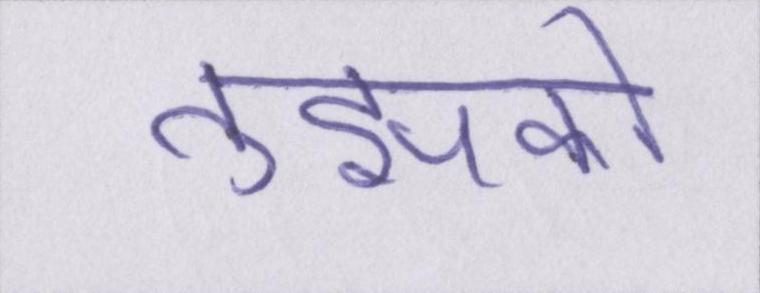
तुझको